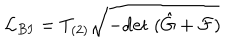
{ \cal L } _ { B I } = T _ { ( 2 ) } \sqrt { - \mathrm { d e t } \; ( \hat { G } + { \cal F } ) }